system: You are a helpful assistant.
user:
Analyze the provided spectrum to determine if it is a **"Cataclysmic Variables (CV)"**.

- **Key Indicators for CV (Check for either state):**
    - **State 1: Quiescent / Low-State (Emission-Dominated)**
        - **(Primary):** Strong and *very broad* Hydrogen Balmer emission lines (e.g., $H\alpha$ at 6563 Å, $H\beta$ at 4861 Å). The 'broadness' (high velocity dispersion, often FWHM > 1000 km/s) is the key diagnostic, indicating a high-velocity accretion disk.
        - **(Secondary):** Broad neutral Helium (He I) emission lines (e.g., 5876 Å, 6678 Å).
        - **(Key Confirmation):** Presence of high-excitation *ionized* Helium (He II) emission at 4686 Å. This is a strong indicator of accretion onto a white dwarf.
        - **(Line Profile):** Emission lines may exhibit a 'double-peaked' profile, which is a classic signature of a rotating accretion disk viewed at high inclination.

    - **State 2: Outburst / High-State (Absorption-Dominated)**
        - **(Primary):** Spectrum is dominated by a bright, blue continuum (looks like a hot star).
        - **(Secondary):** The emission lines from State 1 are weak, absent, or 'filled in', and are replaced by broad, shallow *absorption* lines (primarily Balmer and He I).
        - **(Morphology):** The overall spectrum mimics a hot B/A-type star. The crucial difference is that the absorption lines are significantly broader, shallower, and more 'washed-out' (or 'smeared') than the sharp lines of a normal stellar photosphere, due to high rotational speeds and pressure broadening in the disk.

Think first, call **spectral_visualization_tool** if needed to examine features in detail, then provide your final answer. Your response must adhere to the following strict rules:
1.  **Overall Structure:** Your response must follow the format `<think>...</think> <tool_call>...</tool_call> (if a tool is used) <answer>...</answer>`.
2.  **Tool Usage Constraint:** You may only make **one** tool call per turn.
3.  **Final Answer Format:** In the `<answer>` tag, your conclusion must be inside a `\boxed{}` command (e.g., `\boxed{YES}`), followed by your justification.

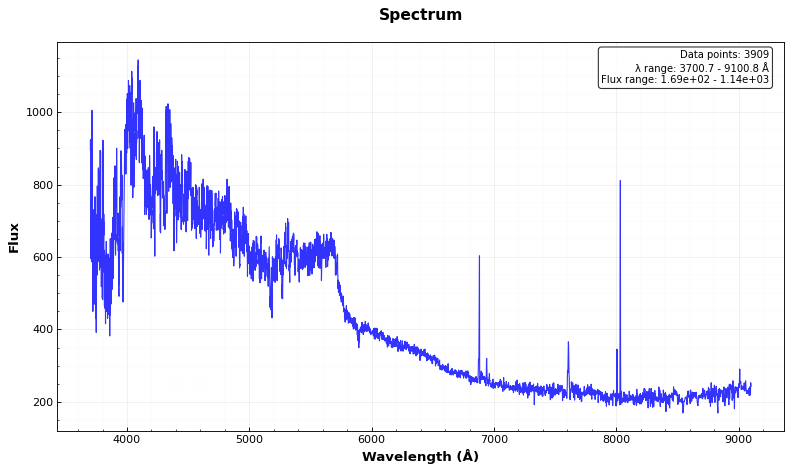
Answer: NO